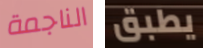
الناجمة يطبق